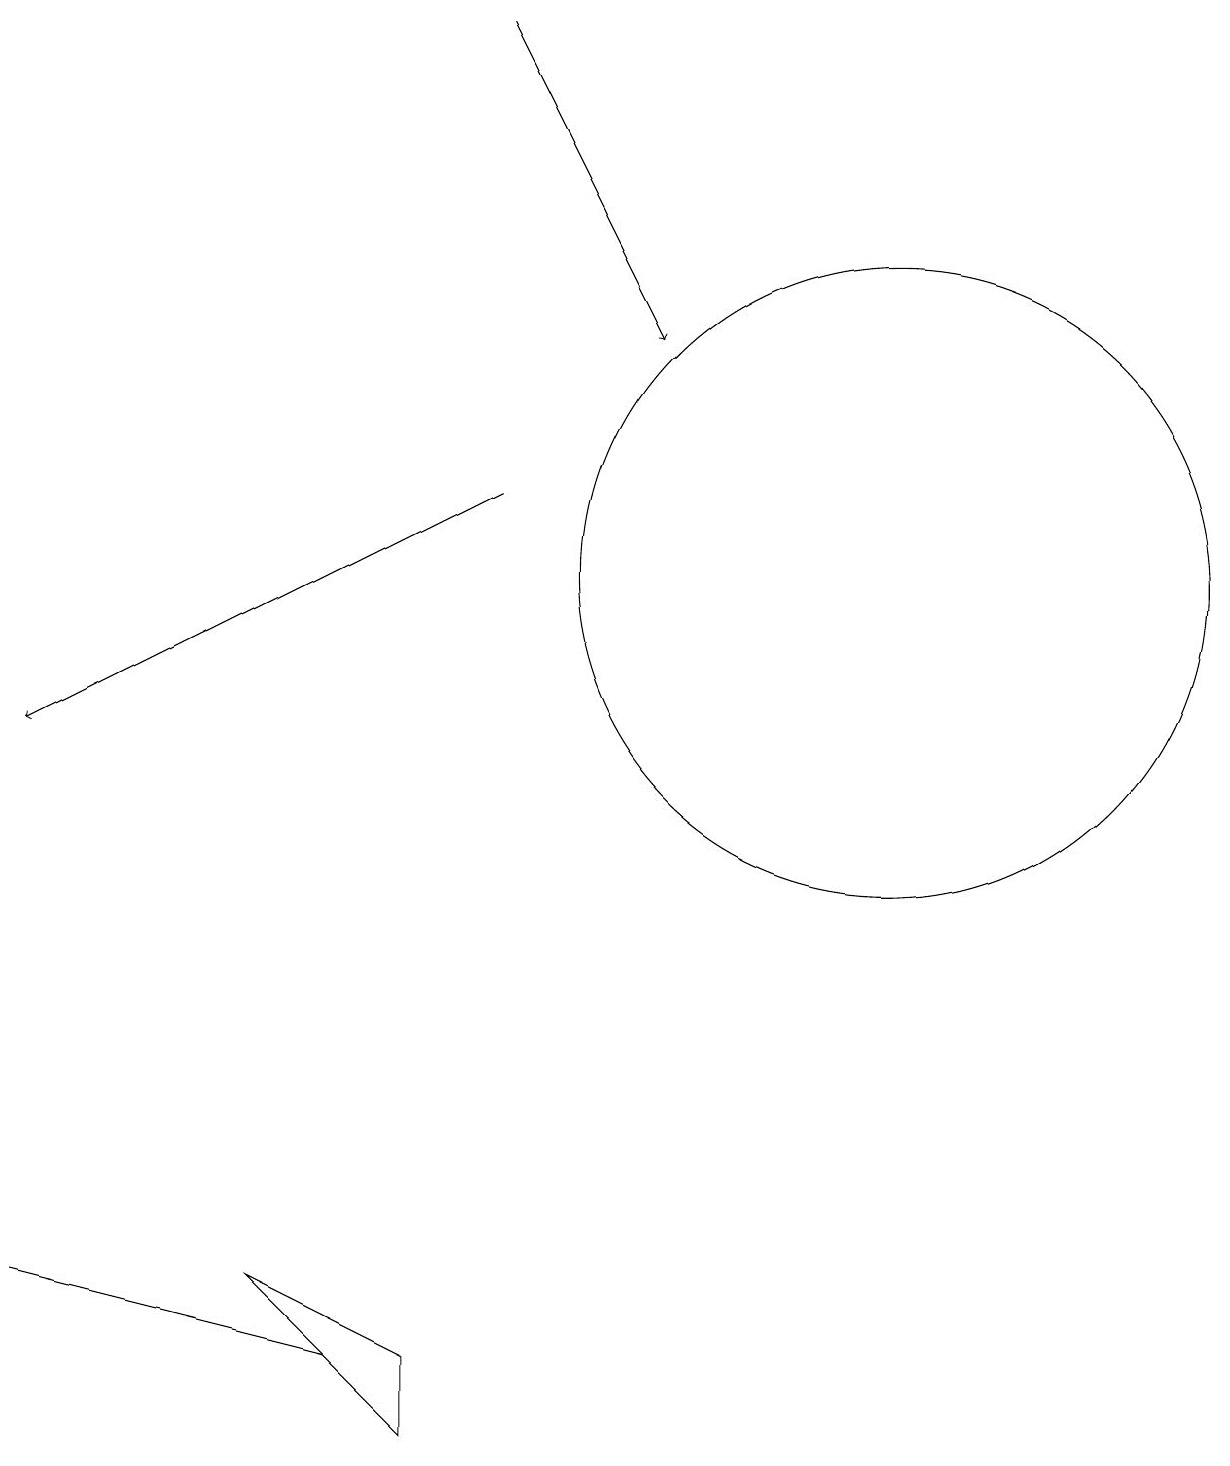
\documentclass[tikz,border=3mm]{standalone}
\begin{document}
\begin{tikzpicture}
\draw[->] (6,13) -- (0,10);
\draw (5,1) -- (3,3) -- (5,2) -- cycle;
\draw (11,12) circle (4);
\draw[->] (6,19) -- (8,15);
\draw (0,3) -- (4,2) -- (4,2) -- cycle;
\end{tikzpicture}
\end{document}